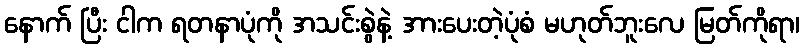
နောက် ပြီး ငါက ရတနာပုံကို အသင်းစွဲနဲ့ အားပေးတဲ့ပုံစံ မဟုတ်ဘူးလေ မြတ်ကိုရာ၊